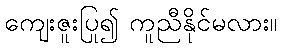
ကျေးဇူးပြု၍ ကူညီနိုင်မလား။